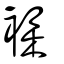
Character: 襍